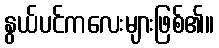
နွယ်ပင်ကလေးများဖြစ်၏။